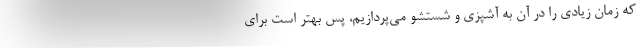
که زمان زیادی را در آن به آشپزی و شستشو می‌پردازیم، پس بهتر است برای